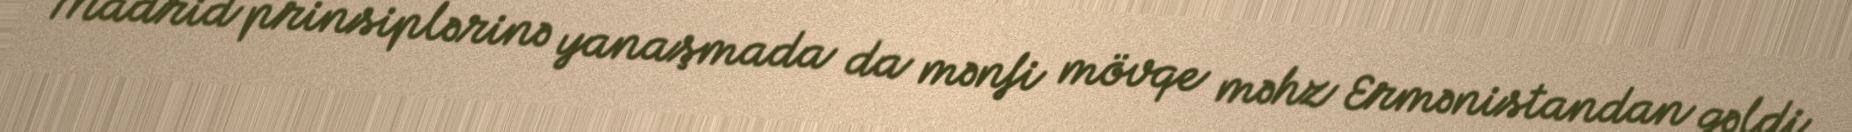
Madrid prinsiplərinə yanaşmada da mənfi mövqe məhz Ermənistandan gəldi.